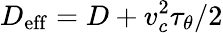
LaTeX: D_{\mathrm{eff}}=D+v_{c}^{2}\tau_{\theta}/2